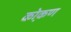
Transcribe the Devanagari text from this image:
को़कण